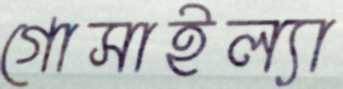
গোসাইল্যা